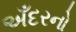
અઁદરનો